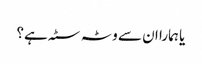
یا ہمارا ان سے وٹہ سٹہ ہے؟